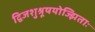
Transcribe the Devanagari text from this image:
द्विजशुश्रूषयोज्झिताः